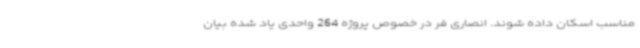
مناسب اسکان داده شوند. انصاری فر در خصوص پروژه 264 واحدی یاد شده بیان